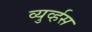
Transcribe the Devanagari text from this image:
व्युर्व्हस